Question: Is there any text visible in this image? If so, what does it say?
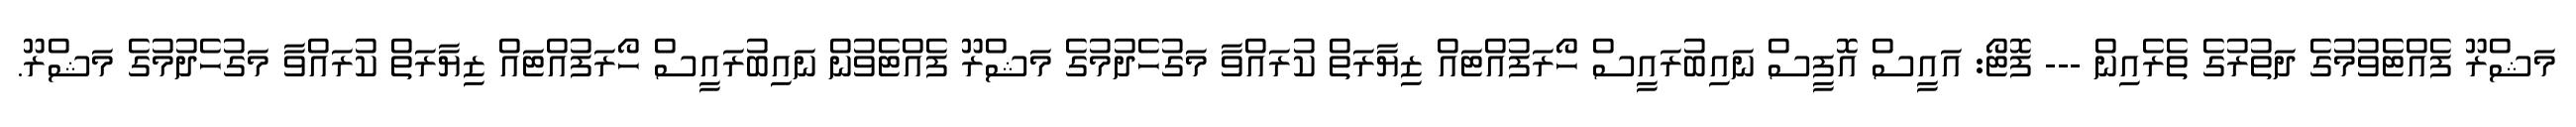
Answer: މަޝްރޫ ފެއްޓެވުމުގެ ދަތުރުގެ ތެރެއިން --- ފޮޓޯ: އައީސް އޮފީސް ނައިބުރައީސް ހޯރަފުއްޓައް ޒިޔާރަތް ކުރައްވާ މަގުހެދުމުގެ މަޝްރޫ ފެއްޓެވުން ނައިބުރައީސް ހޯރަފުއްޓައް ޒިޔާރަތް ކުރައްވާ މަގުހެދުމުގެ މަޝްރޫ.